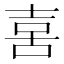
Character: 𠶮